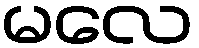
မလေ